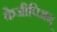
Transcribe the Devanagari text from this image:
केजीपिअन्